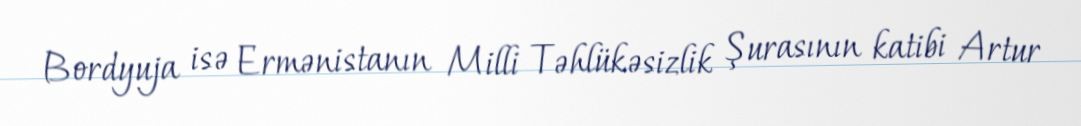
Bordyuja isə Ermənistanın Milli Təhlükəsizlik Şurasının katibi Artur